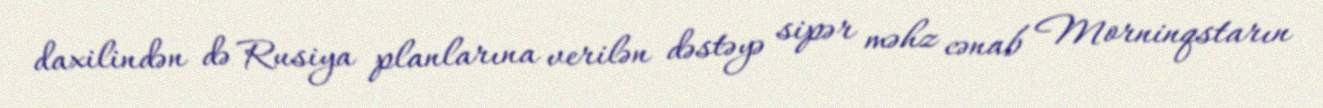
daxilindən də Rusiya planlarına verilən dəstəyə sipər məhz cənab Morninqstarın